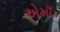
એમાઁ